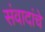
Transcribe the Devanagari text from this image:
संवादांचे